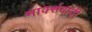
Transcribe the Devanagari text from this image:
मार्क्सवादी